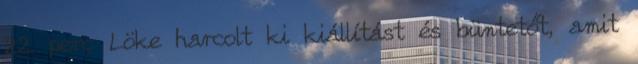
22. perc Löke harcolt ki kiállítást és büntetőt, amit